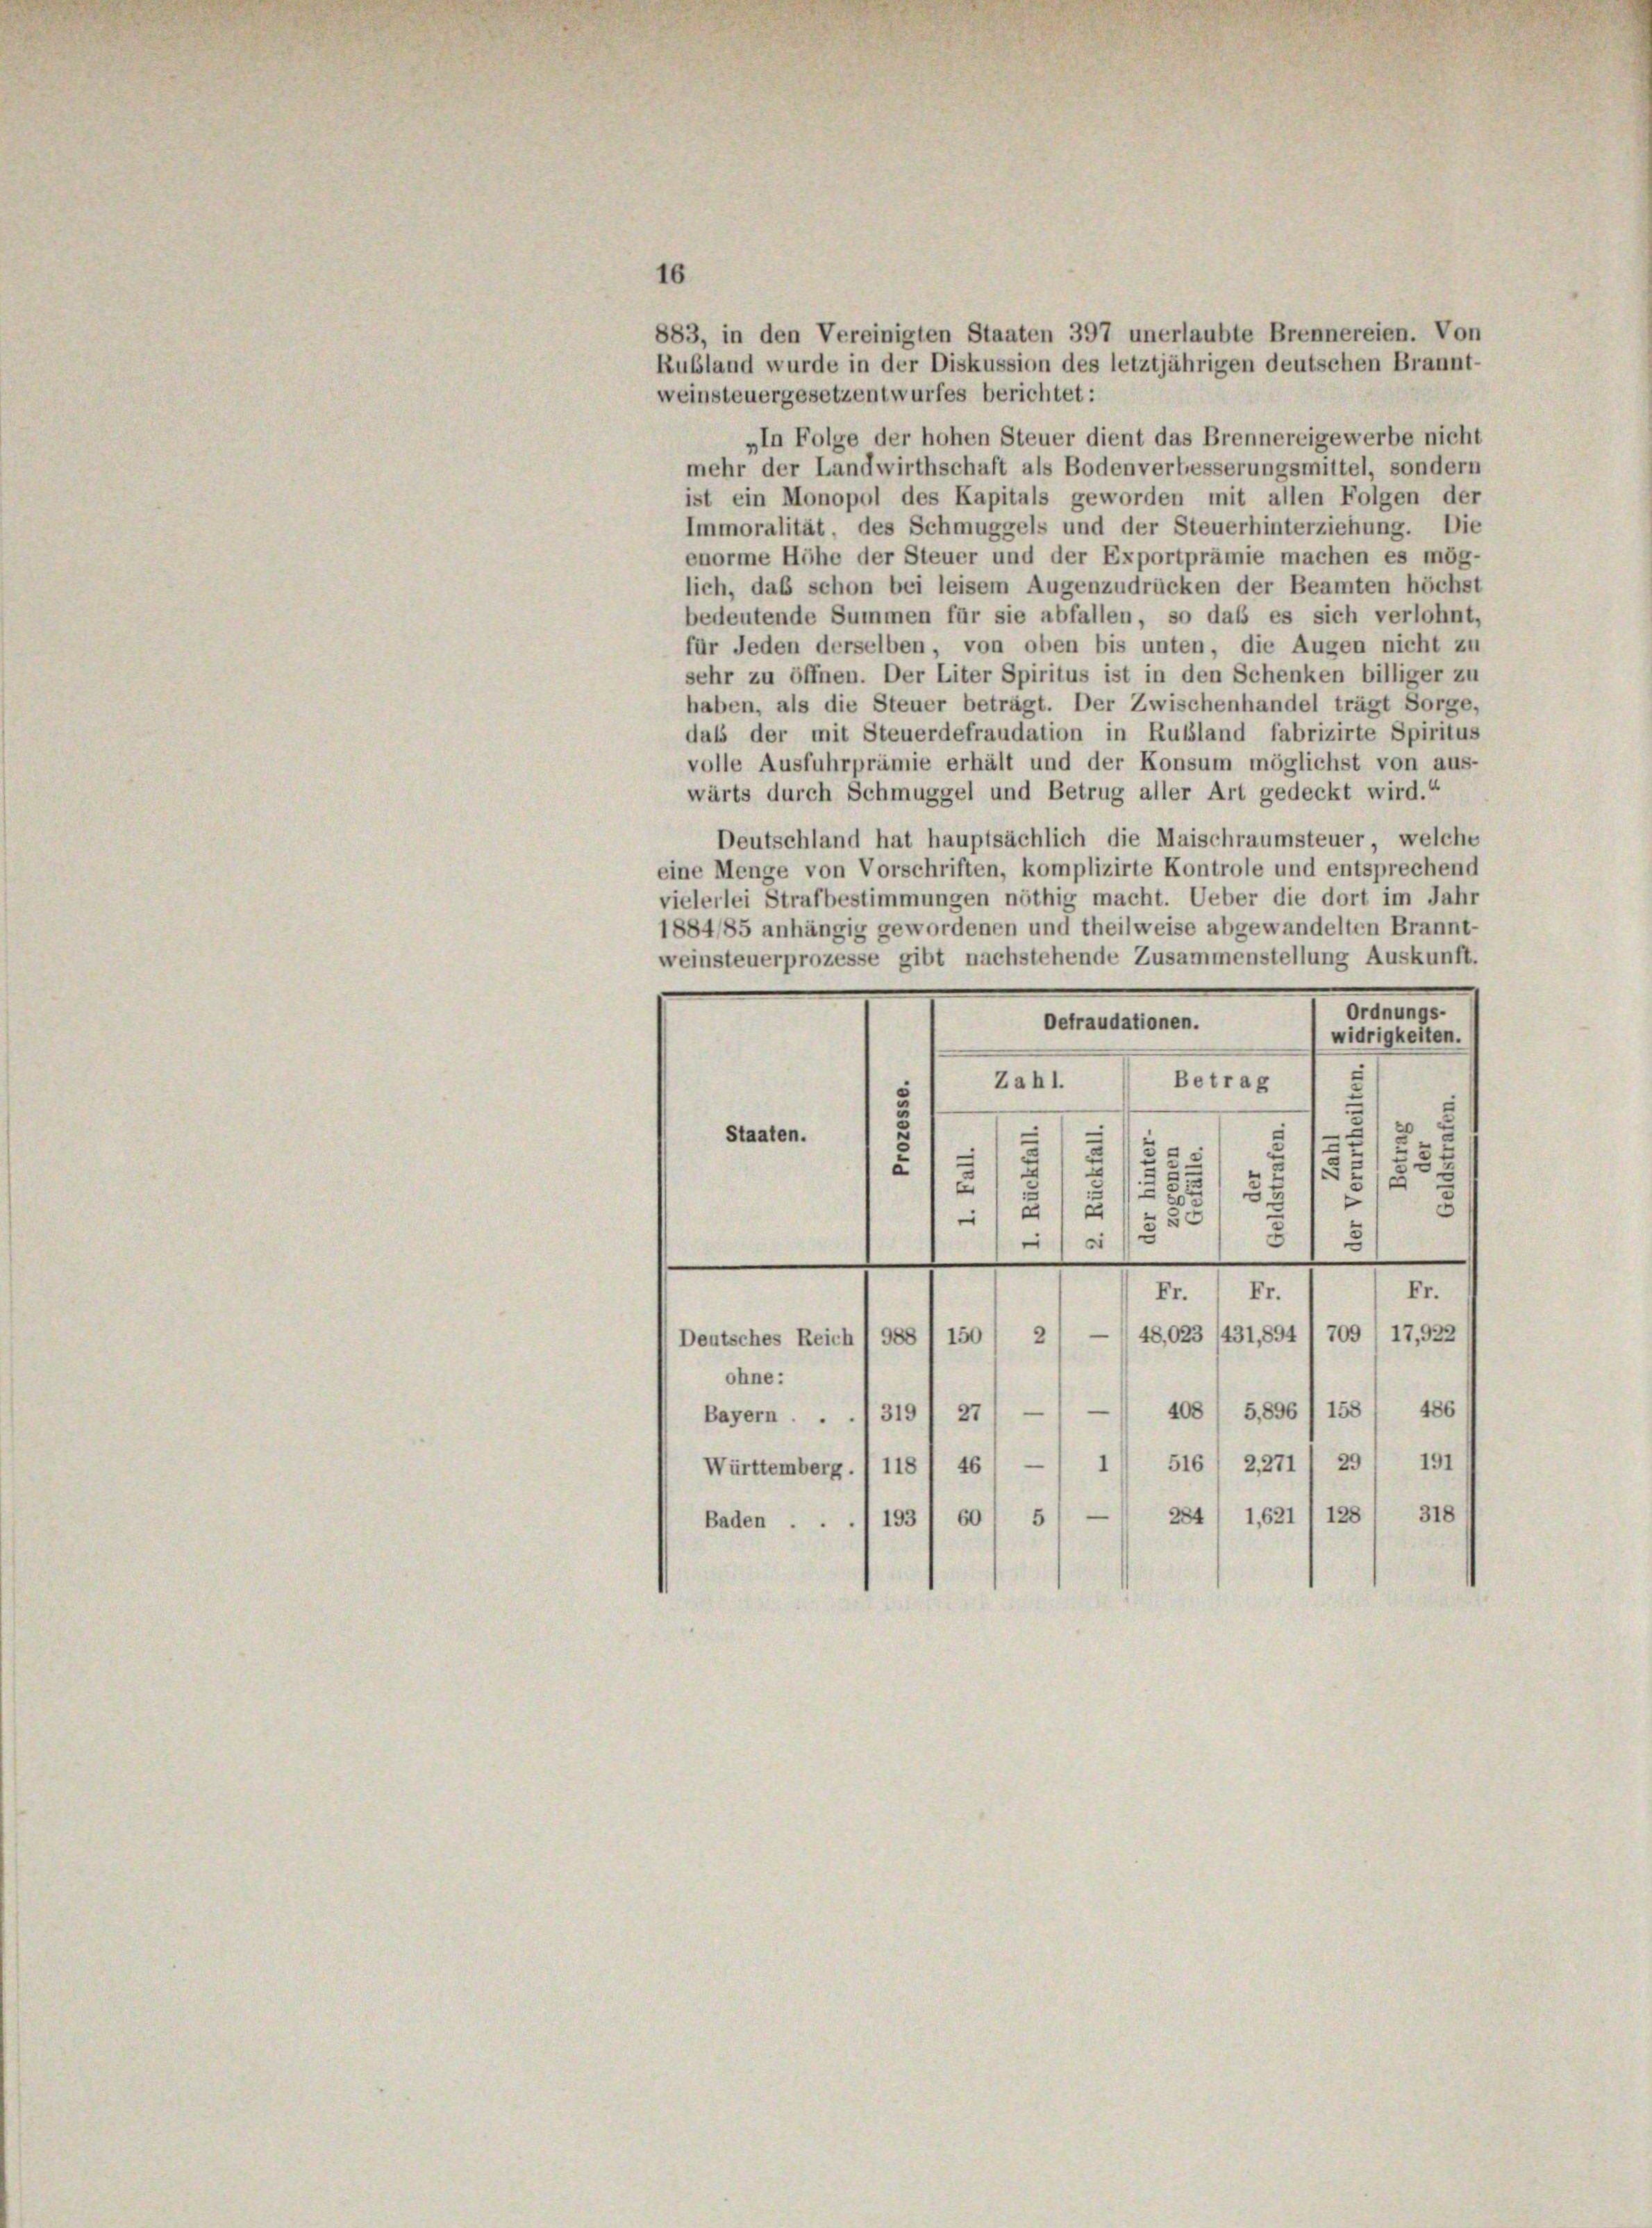
16
883, in den Vereinigten Staaten 397 unerlaubte Brennereien. Von
Rubland wurde in der Diskussion des letztjährigen deutschen Brannt-
weinsteuergesetzentwurfes berichtet:
„In Folge der hohen Steuer dient das Brennereigewerbe nicht
mehr der Landwirthschaft als Bodenverbesserungsmittel, sondern
ist ein Monopol des Kapitals geworden mit allen Folgen der
Immoralität, des Schmuggels und der Steuerhinterziehung. Die
enorme Höhe der Steuer und der Exportprämie machen es mög
lich, daß schon bei leisem Augenzudrücken der Beamten höchst
bedeutende Summen für sie abfallen, so dass es sich verlohnt,
für Jeden derselben, von oben bis unten, die Augen nicht zu
sehr zu öffnen. Der Liter Spiritus ist in den Schenken billiger zu
haben, als die Steuer beträgt. Der Zwischenhandel trägt Sorge,
dass der mit Steuerdefraudation in Rußland fabrizirte Spiritus
volle Ausfuhrprämie erhält und der Konsum möglichst von aus-
wärts durch Schmuggel und Betrug aller Art gedeckt wird.“
Deutschland hat hauptsächlich die Maischraumsteuer, welche
eine Menge von Vorschriften, komplizirte Kontrole und entsprechend
vielerlei Strafbestimmungen nöthig macht. Ueber die dort im Jahr
1884/85 anhängig gewordenen und theilweise abgewandelten Brannt-
weinsteuerprozesse gibt nachstehende Zusammenstellung Auskunft.
Ordnungs-
Defraudationen.
widrigkeiten.
Zahl.
Betrag
—
Staaten.
.
1
5
u
3
a
55
3
52
15
e
d
33
e
2 x
380
3
3
e
Fr.
Fr. 1 Fr.
Deutsches Reich 1 988 I 150 / 21 — 1 48,023 /431,894 1 709 / 17,922
ohne :
408 / 5,896/ 158. 486
Bayern . . ./3191 27, —
191
Württemberg. 118 / 461 — 11 516. 2271' 29
318
284/ 1,621 1 128.
Baden . . . 1931 601 5) —